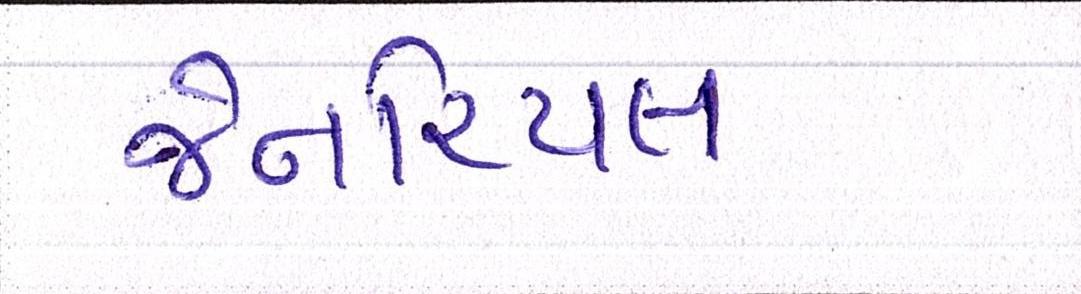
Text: જેનરિયલ